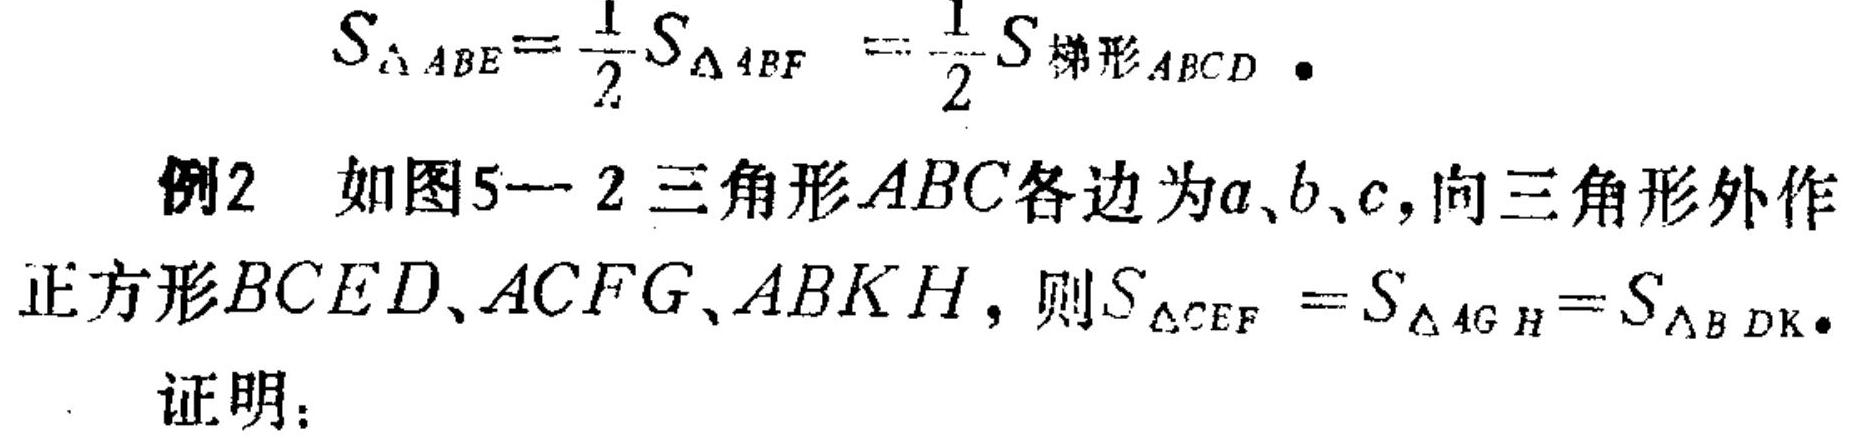
$S_{\triangle ABE}=\frac{1}{2}S_{\triangle ABF}=\frac{1}{2}S_{梯形ABCD}.$
例2 如图5 - 2三角形$ABC$各边为$a、b、c,$向三角形外作
正方形$BCED、ACFG、ABKH$, 则$S_{\triangle CEF}=S_{\triangle AGH}=S_{\triangle BDK}.$
证明：